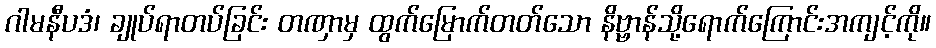
ဂါမနီပဒံ၊ ချုပ်ရာတပ်ခြင်း တဏှာမှ ထွက်မြောက်တတ်သော နိဗ္ဗာန်သို့ရောက်ကြောင်းအကျင့်ကို။